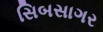
સિબસાગર